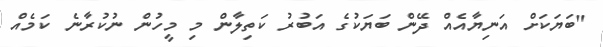
"ބަޔަކަށް އަނިޔާއެއް ދޭން ބަޔަކުގެ އަބުރު ކަތިލާން މި މީހުން ނުކުރާނެ ކަމެއް